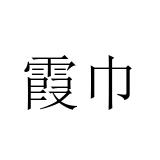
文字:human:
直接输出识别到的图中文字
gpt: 霞巾